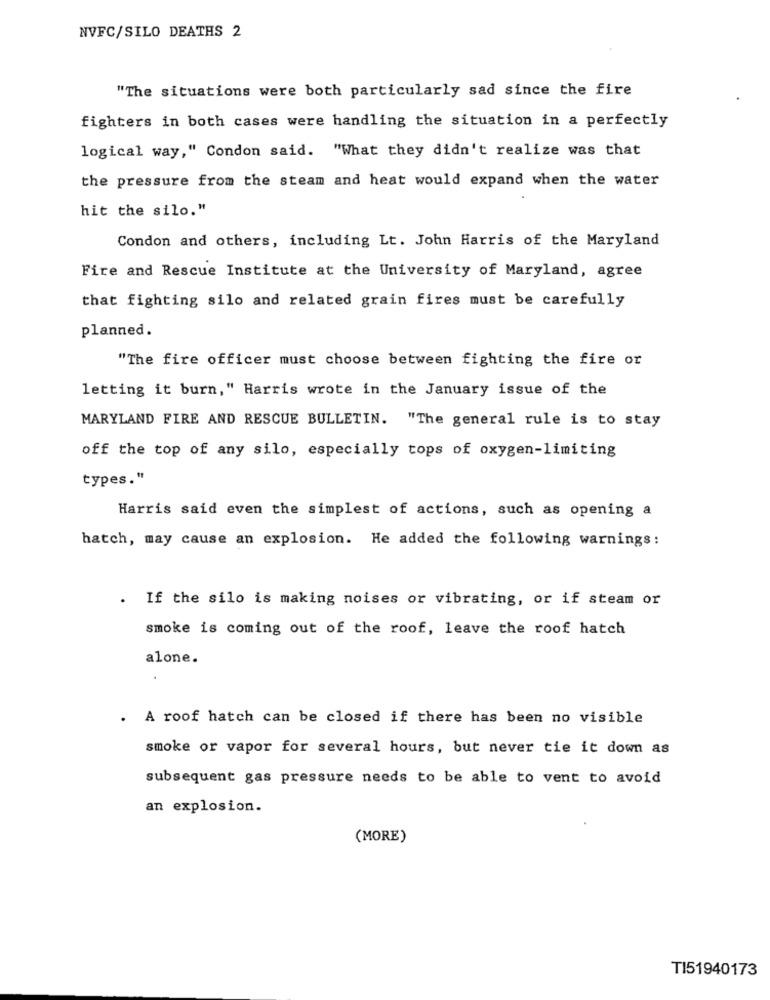
NVFC/SILO DEATHS 2
"The situations were both particularly sad since the fire
fighters in both cases were handling the situation in a perfectly
logical way," Condon said. "What they didn't realize was that
the pressure from the steam and heat would expand when the water
hit the silo."
Condon and others, including Lt. John Harris of the Maryland
Fire and Rescue Institute at the University of Maryland, agree
that fighting silo and related grain fires must be carefully
planned.
"The fire officer must choose between fighting the fire or
letting it burn," Harris wrote in the January issue of the
MARYLAND FIRE AND RESCUE BULLETIN. "The general rule is to stay
off the top of any silo, especially tops of oxygen-limiting
types."
Harris said even the simplest of actions, such as opening a
hatch, may cause an explosion. He added the following warnings:
. If the silo is making noises or vibrating, or if steam or
smoke is coming out of the roof, leave the roof hatch
alone.
. A roof hatch can be closed if there has been no visible
smoke or vapor for several hours, but never tie it down as
subsequent gas pressure needs to be able to vent to avoid
an explosion.
(MORE)
TI51940173